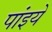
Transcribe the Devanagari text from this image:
पांइये